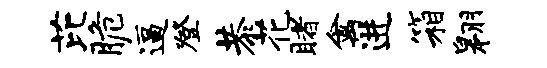
芘脆逼登恭花睹禽进箱翱